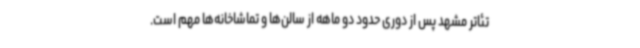
تئاتر مشهد پس از دوری حدود دو ماهه از سالن‌ها و تماشاخانه‌ها مهم است.